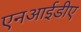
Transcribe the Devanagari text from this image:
एनआईडीए